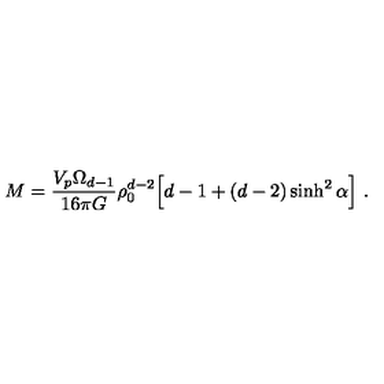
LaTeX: M = \frac { V _ { p } \Omega _ { d - 1 } } { 1 6 \pi G } \rho _ { 0 } ^ { d - 2 } \Big [ d - 1 + ( d - 2 ) \sinh ^ { 2 } \alpha \Big ] \ .